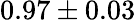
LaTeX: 0.97\pm 0.03